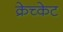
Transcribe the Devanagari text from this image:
क्रेच्केट